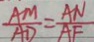
\frac { A M } { A D } = \frac { A N } { A F }